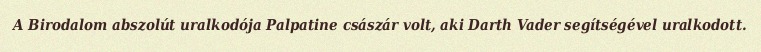
A Birodalom abszolút uralkodója Palpatine császár volt, aki Darth Vader segítségével uralkodott.